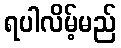
ရပါလိမ့်မည်